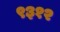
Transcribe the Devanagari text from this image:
९३१२